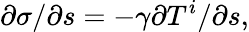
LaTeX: {\partial\sigma}/{\partial s}=-\gamma{\partial T^{i}}/{\partial s},